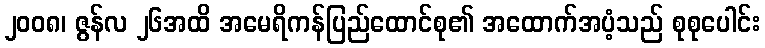
၂၀၀၈၊ ဇွန်လ ၂၆အထိ အမေရိကန်ပြည်ထောင်စု၏ အထောက်အပံ့သည် စုစုပေါင်း